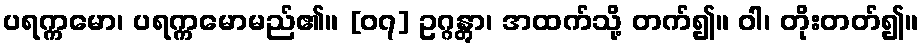
ပရက္ကမော၊ ပရက္ကမောမည်၏။ [၀၇] ဥဂ္ဂန္တွာ၊ အထက်သို့ တက်၍။ ဝါ၊ တိုးတတ်၍။